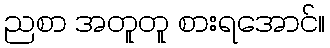
ညစာ အတူတူ စားရအောင်။